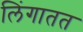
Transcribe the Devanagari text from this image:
लिंगातत